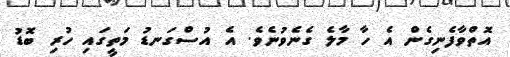
އޮތްވާފެނިގެން އެ ހާ މާލެ ގެނެވުނެވެ. އެ އުސްގަނޑު މަތީގައި ހުރި ބޮޑު